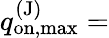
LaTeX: q_{\mathrm{on,max}}^{\mathrm{(J)}}=